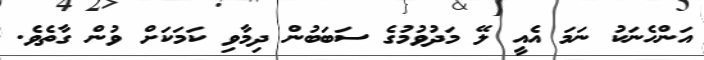
އަންހެނަކު ނަމަ އެއީ ލޭ މަދުވުމުގެ ސަބަބުން ދިމާވި ކަމަކަށް ވުން ގާތެވެ.